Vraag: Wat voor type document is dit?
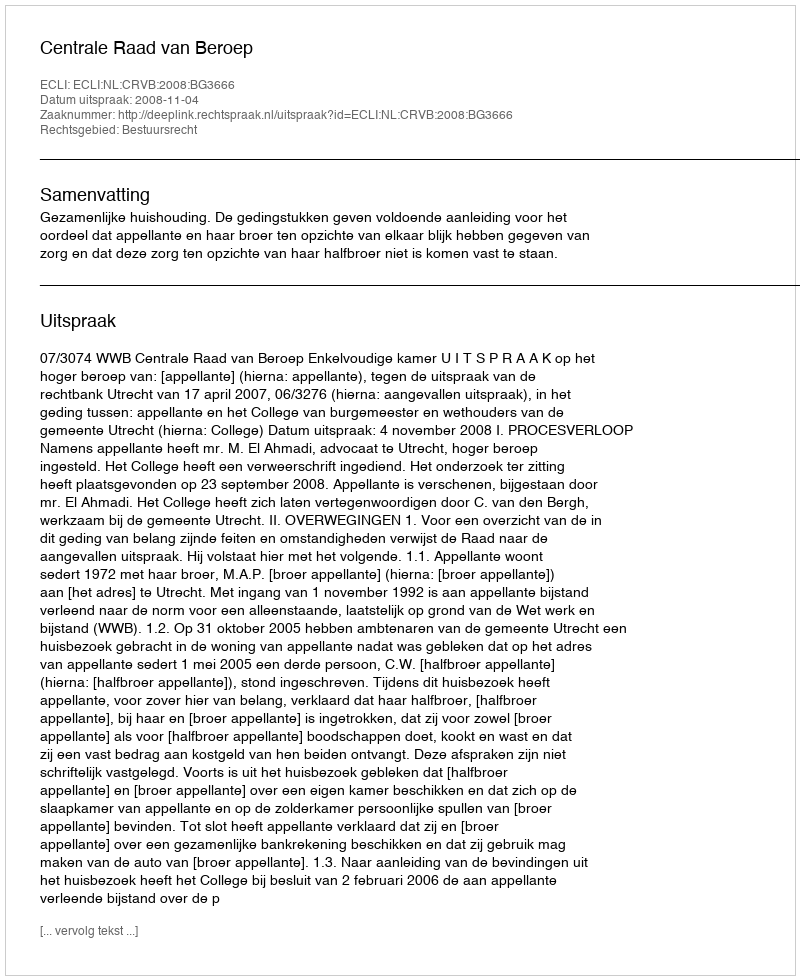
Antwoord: Uitspraak